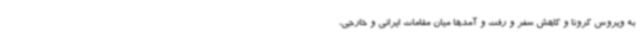
به ویروس کرونا و کاهش سفر و رفت و آمدها میان مقامات ایرانی و خارجی،